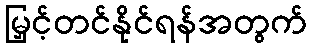
မြှင့်တင်နိုင်ရန်အတွက်